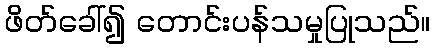
ဖိတ်ခေါ်၍ တောင်းပန်သမှုပြုသည်။